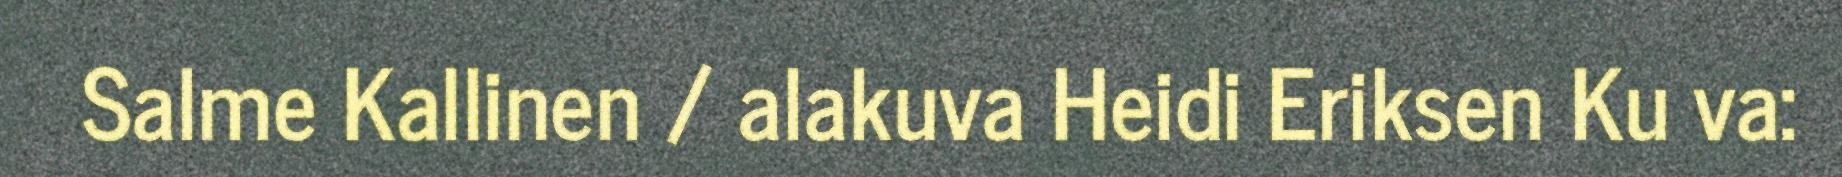
Salme Kallinen / alakuva Heidi Eriksen Ku va: